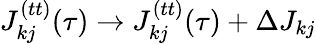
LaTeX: J_{kj}^{(tt)}(\tau)\rightarrow J_{kj}^{(tt)}(\tau)+\Delta J_{kj}